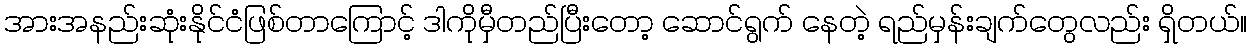
အားအနည်းဆုံးနိုင်ငံဖြစ်တာကြောင့် ဒါကိုမှီတည်ပြီးတော့ ဆောင်ရွက် နေတဲ့ ရည်မှန်းချက်တွေလည်း ရှိတယ်။